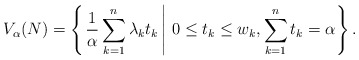
\begin{align*}V_\alpha(N) = \left\{ \left. \frac{1}{\alpha} \sum^n_{k=1} \lambda_k t_k \, \right| \, 0 \leq t_k \leq w_k, \sum^n_{k=1} t_k = \alpha\right\}.\end{align*}